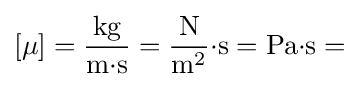
[\mu ]={\frac {\rm {kg}}{\rm {m{\cdot }s}}}={\frac {\rm {N}}{\rm {m^{2}}}}{\cdot }{\rm {s}}={\rm {Pa{\cdot }s}}=